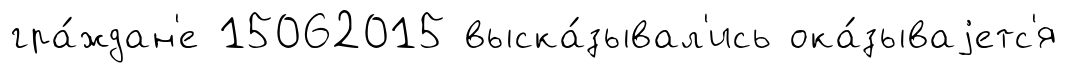
гра́ждан'е 15062015 выска́зывал'ись ока́зываjетс'я